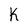
Character: k